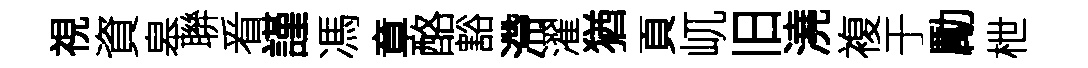
視資皋聨㸔謹馮章酪豁滯濯猶頁屼旧澆複于勵枻